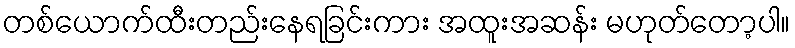
တစ်ယောက်ထီးတည်းနေရခြင်းကား အထူးအဆန်း မဟုတ်တော့ပါ။